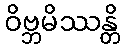
ဝိဗ္ဘမိဿန္တိ